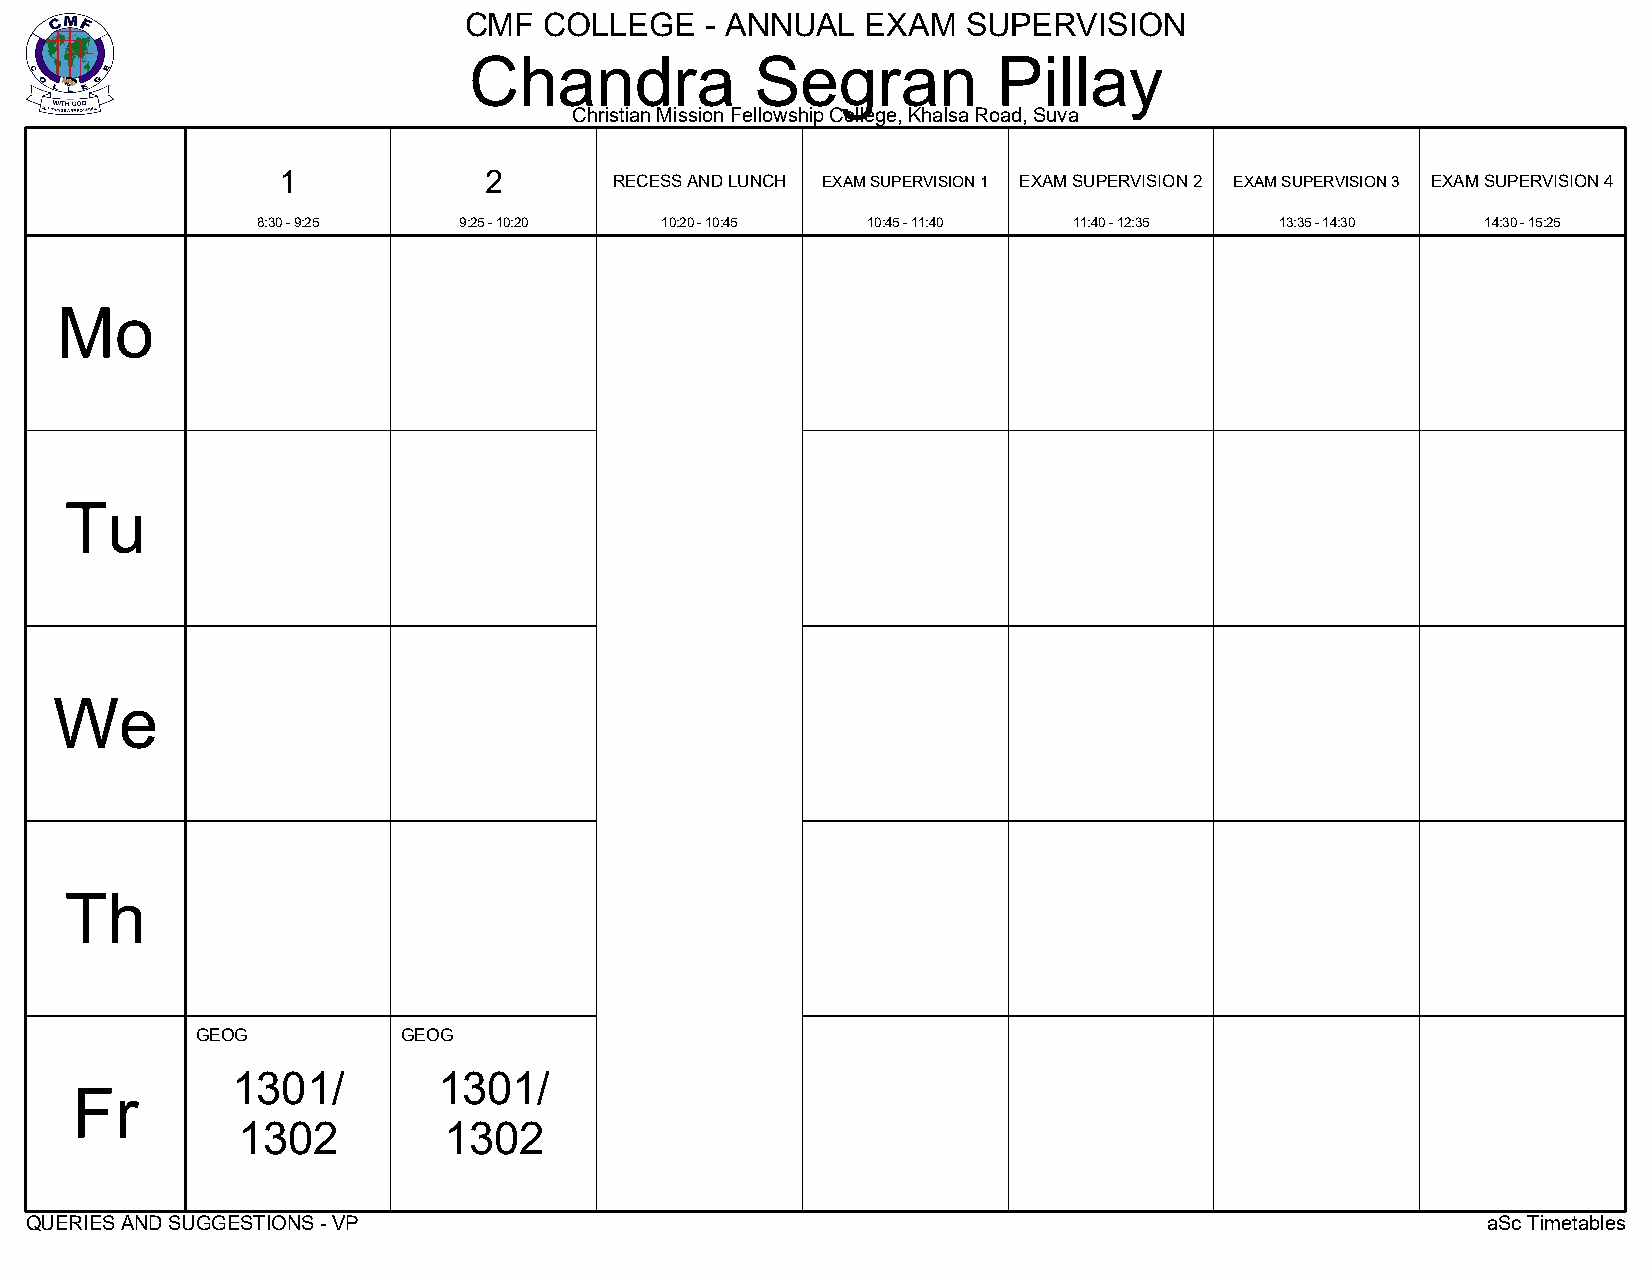
CMF  COLLEGE    - ANNUAL  EXAM   SUPERVISION
 Chandra            Segran          Pillay
 Christian Mission Fellowship College, Khalsa Road, Suva
 1             2
 RECESS AND LUNCH EXAM SUPERVISION 1 EXAM SUPERVISION 2 EXAM SUPERVISION 3 EXAM SUPERVISION 4
 8:30 - 9:25  9:25 - 10:20  10:20 - 10:45 10:45 - 11:40 11:40 - 12:35 13:35 - 14:30 14:30 - 15:25
 Mo
 Tu
 We
 Th
 GEOG          GEOG
 1301/         1301/
 Fr
 1302         1302
 QUERIES AND SUGGESTIONS - VP                                                                    aSc Timetables